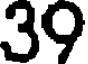
39